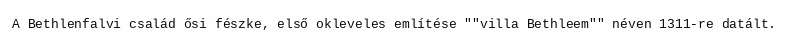
A Bethlenfalvi család ősi fészke, első okleveles említése ""villa Bethleem"" néven 1311-re datált.